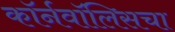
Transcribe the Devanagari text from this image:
कॉर्नवॉलिसचा